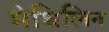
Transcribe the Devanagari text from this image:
मेथिलिन